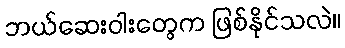
ဘယ်ဆေးဝါးတွေက ဖြစ်နိုင်သလဲ။